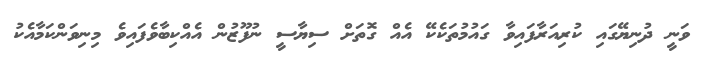
ވަނީ ދުނިޔޭގައި ކުރިއަރާފައިވާ ގައުމުތަކެކޭ އެއް ގޮތަށް ސިޔާސީ ނުފޫޒުން އެއްކިބާވެފައިވެ މިނިވަންކަމާއެކު